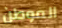
الموطن